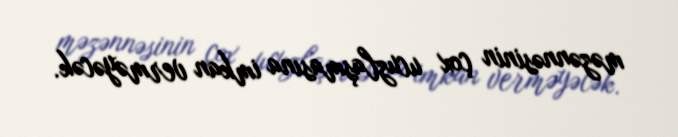
məzənnəsinin çox ucuzlaşmasına imkan verməyəcək.